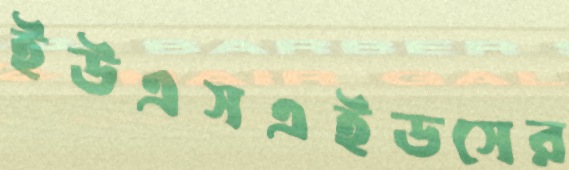
ইউএসএইডসের